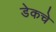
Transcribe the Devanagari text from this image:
डेकचे